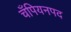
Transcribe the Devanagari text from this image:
चँपियनपद